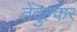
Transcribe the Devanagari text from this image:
तेंदुल्कर